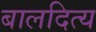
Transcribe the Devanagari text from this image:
बालदित्य